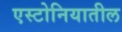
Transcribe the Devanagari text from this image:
एस्टोनियातील